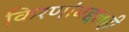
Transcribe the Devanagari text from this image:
किरणांबद्दलही